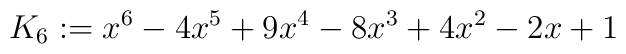
K_6:=x^6-4x^5+9x^4-8x^3+4x^2-2x+1